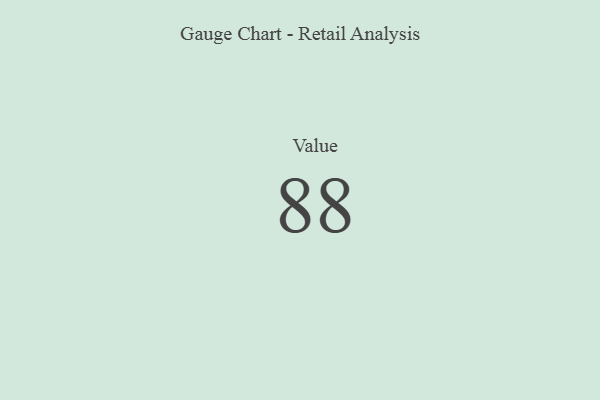
{"axis": {"x": "Metric", "y": "Value"}, "legend": [""], "data": [{"x": "Value", "y": 88, "type": ""}]}